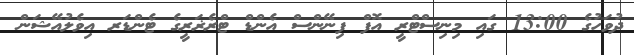
ދުވަހުގެ 13:00 ގައި މިނިސްޓްރީ އޮފް ފިނޭންސް އެންޑް ޓްރެޜަރީގެ ޓެންޑަރ އިވެލުއޭޝަން